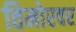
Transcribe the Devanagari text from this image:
तिमोरवर